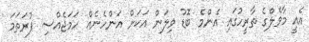
އެއީ މާވެލްގެ ތާރީހުގައި އެންމެ ބޮޑު ވިލަން އަކަށް އަންހެނެއް ހަމަޖެއްސި ފުރަތަމަ